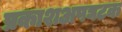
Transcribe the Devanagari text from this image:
प्रकाशअपघटक